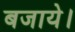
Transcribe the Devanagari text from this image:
बजाये।